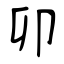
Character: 卯